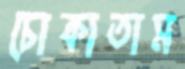
চোকাতাম